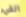
القيء